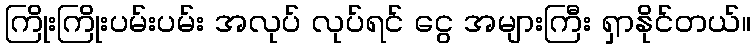
ကြိုးကြိုးပမ်းပမ်း အလုပ် လုပ်ရင် ငွေ အများကြီး ရှာနိုင်တယ်။